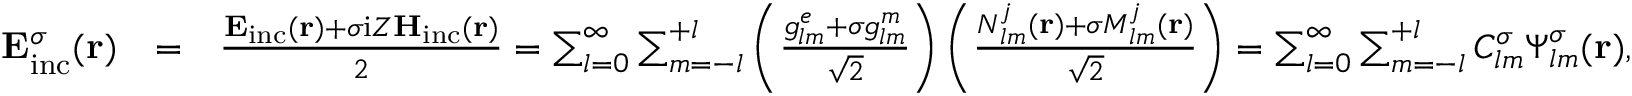
\begin{array} { r l r } { { \bf E } _ { \mathrm { { i n c } } } ^ { \sigma } ( { \bf r } ) } & { = } & { \frac { { \bf E } _ { \mathrm { i n c } } ( { \bf r } ) + \sigma \mathrm { i } Z { \bf H } _ { \mathrm { i n c } } ( { \bf r } ) } { 2 } = \sum _ { l = 0 } ^ { \infty } \sum _ { m = - l } ^ { + l } \left( \frac { { g _ { l m } ^ { e } + \sigma g _ { l m } ^ { m } } } { \sqrt { 2 } } \right) \left( \frac { { \boldsymbol { N } } _ { l m } ^ { j } ( { \bf r } ) + \sigma { \boldsymbol { M } } _ { l m } ^ { j } ( { \bf r } ) } { \sqrt { 2 } } \right) = \sum _ { l = 0 } ^ { \infty } \sum _ { m = - l } ^ { + l } C _ { l m } ^ { \sigma } \boldsymbol { \Psi } _ { l m } ^ { \sigma } ( { \bf r } ) , } \end{array}